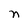
Character: n